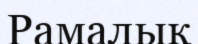
Рамалық